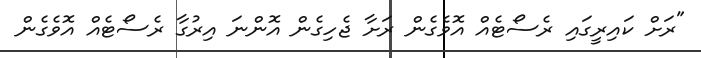
"ރަށް ކައިރީގައި ރެސޯޓެއް އޮވެގެން ރަށާ ޖެހިގެން އޮންނަ އިރުގާ ރެސޯޓެއް އޮވެގެން